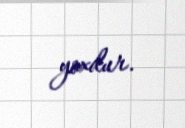
yoxdur.